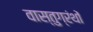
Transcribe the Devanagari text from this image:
वास्तुग्रंथों